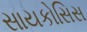
સાયકોસિસ